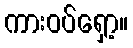
ကားဝပ်ရှော့။